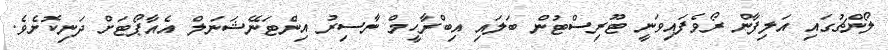
ލޯންޗުގައި އަލިފާން ރޯވެފައިވަނީ ޓޫރިސްޓުން ބަލައި އިބްރާހީމް ނާސިރު އިންޓަނޭޝަނަލް އެއާޕޯޓަށް ދަނިކޮށެވެ.